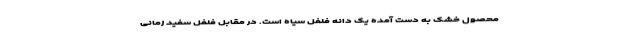
محصول خشک به دست آمده یک دانه فلفل سیاه است. در مقابل فلفل سفید زمانی